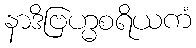
နာဒိဗြဟ္မစရိယကံ